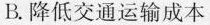
B.降低交通运输成本